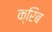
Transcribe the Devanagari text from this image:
क्रिब